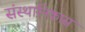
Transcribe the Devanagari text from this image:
संस्थानिकास